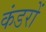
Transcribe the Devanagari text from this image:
कंडरों